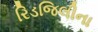
રિડજિલીના